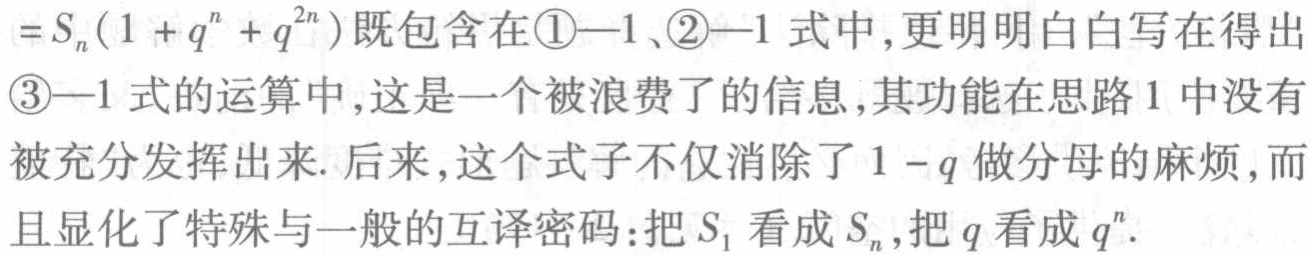
$=S_{n}(1 + q^{n}+q^{2n})$既包含在\textcircled{1}—1、\textcircled{2}—1 式中,更明明白白写在得出\textcircled{3}—1 式的运算中,这是一个被浪费了的信息,其功能在思路 1 中没有被充分发挥出来. 后来,这个式子不仅消除了$1 - q$做分母的麻烦,而且显化了特殊与一般的互译密码:把$S_{1}$看成$S_{n}$,把$q$看成$q^{n}$.